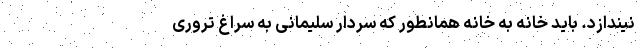
نیندازد. باید خانه به خانه همانطور که سردار سلیمانی به سراغ تروری